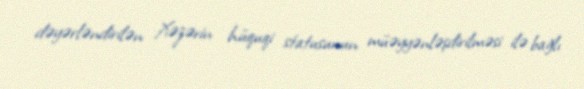
dəyərləndirilən Xəzərin hüquqi statusunun müəyyənləşdirilməsi ilə bağlı